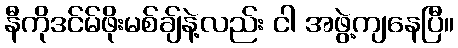
နီကိုဒင်မ်ဖိုးမစ်ချ်နဲ့လည်း ငါ အဖွဲ့ကျနေပြီ။